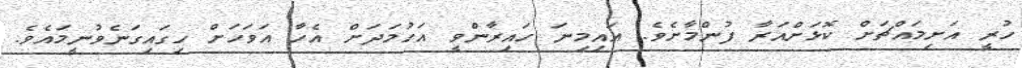
ހުރީ އަށިމައްޗަށް ކޮޅަށްއަރާ ފުންމާށެވެ. އައިމިނަ ހައިރާންވީ އަހުމަދަށް އެހާ އަވަހަށް ހިގައިގަނެވުނީމައެވެ.